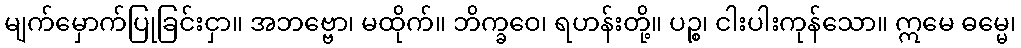
မျက်မှောက်ပြုခြင်းငှာ။ အဘဗ္ဗော၊ မထိုက်။ ဘိက္ခဝေ၊ ရဟန်းတို့။ ပဉ္စ၊ ငါးပါးကုန်သော။ ဣမေ ဓမ္မေ၊